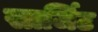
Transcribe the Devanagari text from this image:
सार्जिट